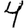
Digit: 4